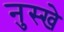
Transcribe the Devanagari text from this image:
नुस्‍खे